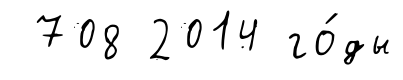
708 2014 го́ды